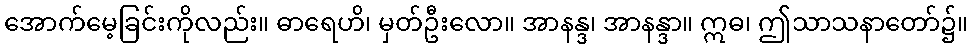
အောက်မေ့ခြင်းကိုလည်း။ ဓာရေဟိ၊ မှတ်ဦးလော။ အာနန္ဒ၊ အာနန္ဒာ။ ဣဓ၊ ဤသာသနာတော်၌။